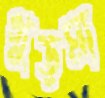
গুড়মা